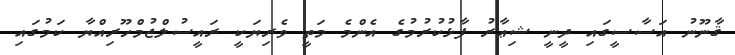
ޤާނޫނު އަސާސީގައި ދީނީ ޝިޢާރު ފާޅުކުރުމުގެ އެންމެ މަތީ ވެރިޔަކީ ރައީސުލްޖުމްހޫރިއްޔާ ކަމުގައި